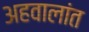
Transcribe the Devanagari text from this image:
अहवालांत